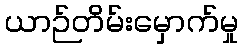
ယာဉ်တိမ်းမှောက်မှု